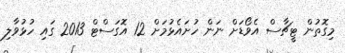
މިގޮތުން ޓީޗާސް އެވޯޑަށް ނަން ހުށައެޅުމަށް 12 އޮގަސްޓް 2013 ގައި ހުޅުވާލި